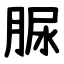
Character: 脲